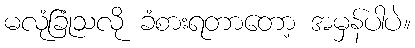
မလုံခြုံသလို ခံစားရတာတော့ အမှန်ပါပဲ။